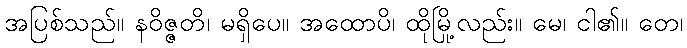
အပြစ်သည်။ နဝိဇ္ဇတိ၊ မရှိပေ။ အထောပိ၊ ထိုမြို့လည်း။ မေ၊ ငါ၏။ တေ၊